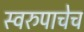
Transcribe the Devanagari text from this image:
स्वरुपाचेच